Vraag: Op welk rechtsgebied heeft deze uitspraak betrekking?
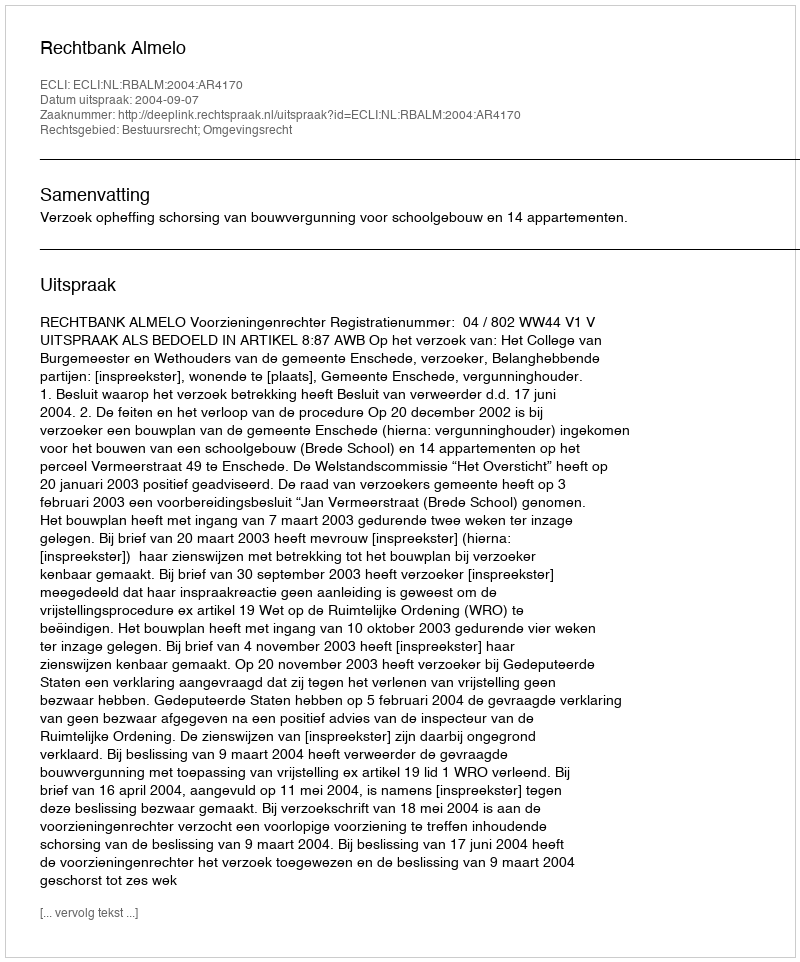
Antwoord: Bestuursrecht; Omgevingsrecht